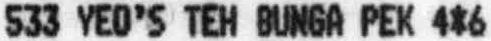
533 YEO'S TEH BUNGA PEK 4*6